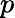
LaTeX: \displaystyle p